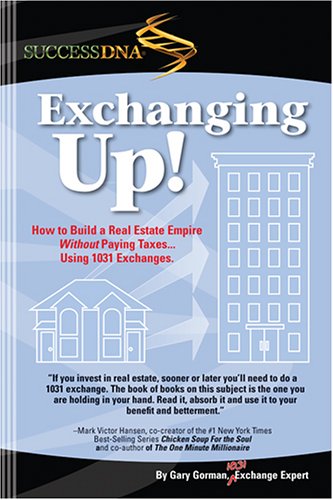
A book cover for Exchanging Up; Gary Gorman; Business & Money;